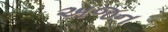
અજન